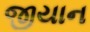
જીયાન